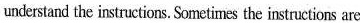
understand the instructions. Sometimes the instructions are